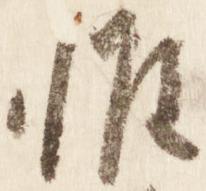
惟